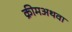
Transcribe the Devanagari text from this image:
क्रीमअथवा